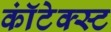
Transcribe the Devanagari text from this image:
कॉंटेक्स्ट